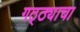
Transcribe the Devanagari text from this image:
गठ्ठ्याचा